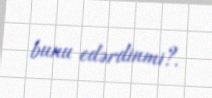
bunu edərdinmi?.